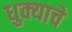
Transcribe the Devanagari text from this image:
धुक्याचे